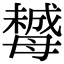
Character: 𣚺